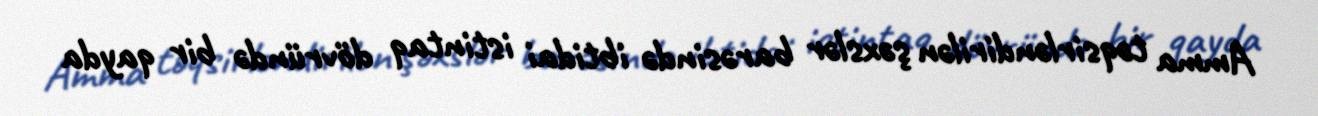
Amma təqsirləndirilən şəxslər barəsində ibtidai istintaq dövründə bir qayda